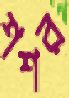
শশর